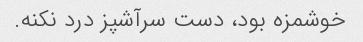
خوشمزه بود، دست سرآشپز درد نکنه.